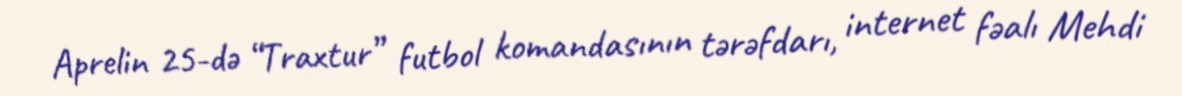
Aprelin 25-də “Traxtur” futbol komandasının tərəfdarı, internet fəalı Mehdi